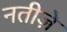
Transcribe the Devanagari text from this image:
नतीज़े